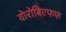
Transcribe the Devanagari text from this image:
वोरोबिएफफ